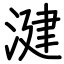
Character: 湕